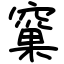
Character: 窼